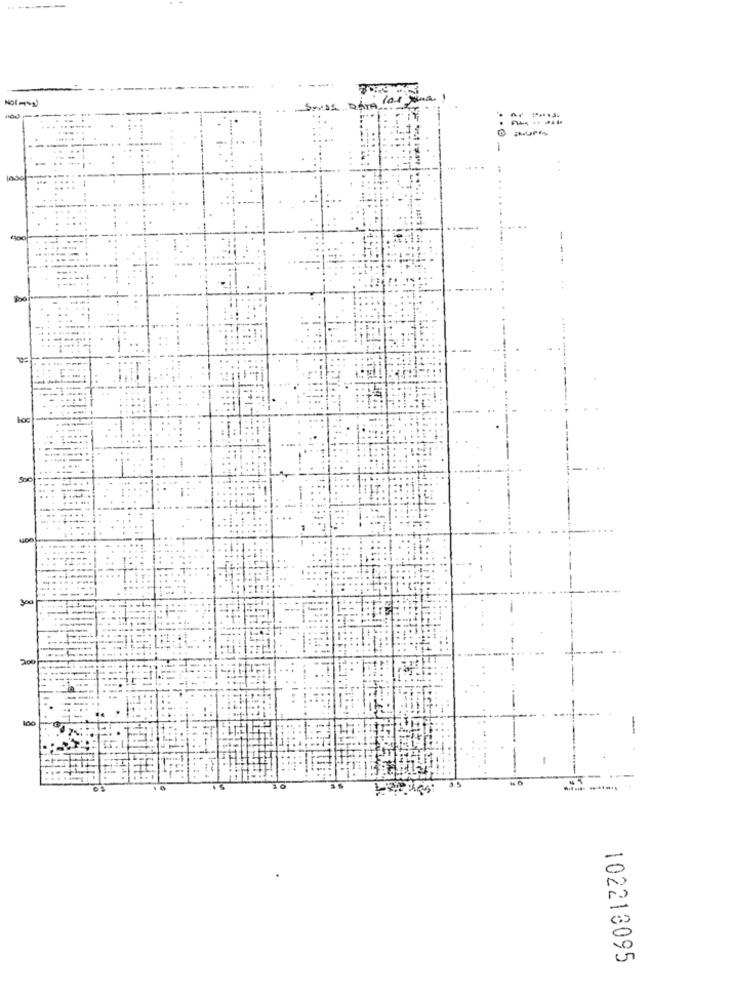
105
200
100
-
102213095